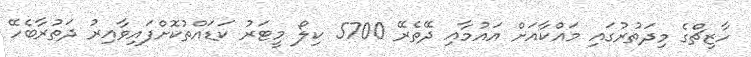
ހާޒިޗްގެ މިދަތުރުގައި މައްކާއަށް އައުމާއި ދޭތެރޭ 5700 ކިލޯ މީޓަރު ކަޑައްތުކޮށްފައިވާއިރު ދަތުރާބެހޭ